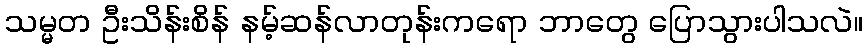
သမ္မတ ဦးသိန်းစိန် နမ့်ဆန်လာတုန်းကရော ဘာတွေ ပြောသွားပါသလဲ။